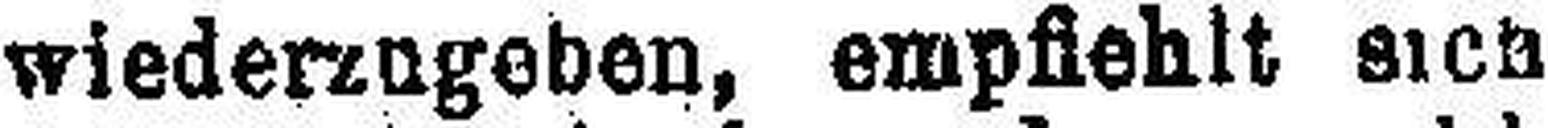
wiederzugeben, empfiehlt sich